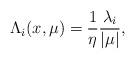
LaTeX: \begin{align*}\Lambda_i(x,\mu) = \frac{1}{\eta}\frac{\lambda_i}{|\mu|},\end{align*}